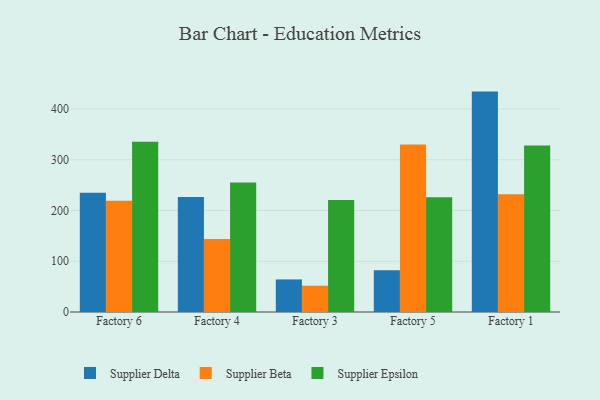
{"axis": {"x": "Factory", "y": "Humidity (%)"}, "legend": ["Supplier Beta", "Supplier Delta", "Supplier Epsilon"], "data": [{"x": "Factory 6", "y": 235.2, "type": "Supplier Delta"}, {"x": "Factory 6", "y": 219.1, "type": "Supplier Beta"}, {"x": "Factory 6", "y": 335.7, "type": "Supplier Epsilon"}, {"x": "Factory 4", "y": 226.4, "type": "Supplier Delta"}, {"x": "Factory 4", "y": 144.0, "type": "Supplier Beta"}, {"x": "Factory 4", "y": 255.1, "type": "Supplier Epsilon"}, {"x": "Factory 3", "y": 64.2, "type": "Supplier Delta"}, {"x": "Factory 3", "y": 51.8, "type": "Supplier Beta"}, {"x": "Factory 3", "y": 220.7, "type": "Supplier Epsilon"}, {"x": "Factory 5", "y": 82.1, "type": "Supplier Delta"}, {"x": "Factory 5", "y": 330.1, "type": "Supplier Beta"}, {"x": "Factory 5", "y": 226.1, "type": "Supplier Epsilon"}, {"x": "Factory 1", "y": 434.3, "type": "Supplier Delta"}, {"x": "Factory 1", "y": 231.9, "type": "Supplier Beta"}, {"x": "Factory 1", "y": 328.2, "type": "Supplier Epsilon"}]}